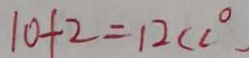
1 0 + 2 = 1 2 ( c ^ { \circ }